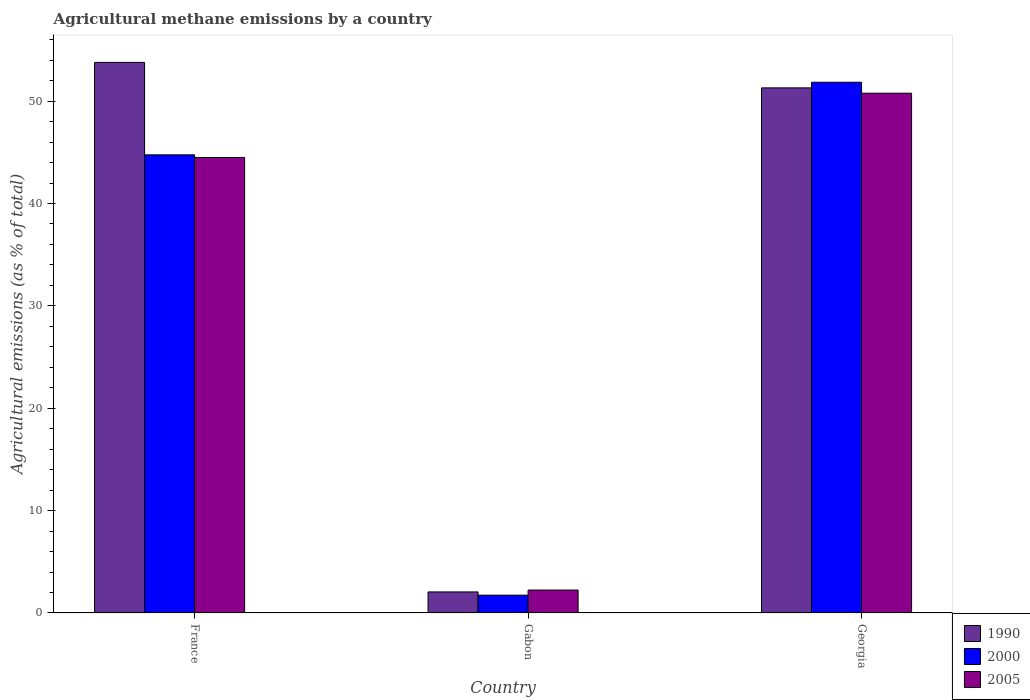
| Country | 1990 | 2000 | 2005 |
 | --- | --- | --- | --- |
 | France | 53.8 | 44.8 | 44.5 |
 | Gabon | 2.06 | 1.74 | 2.24 |
 | Georgia | 51.3 | 51.8 | 50.8 |